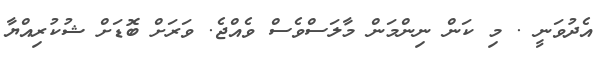
އެދުވަނީ . މި ކަން ނިންމަން މާލަސްވެސް ވެއްޖެ. ވަރަށް ބޮޑަށް ޝުކުރިއްޔާ